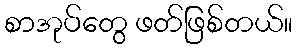
စာအုပ်တွေ ဖတ်ဖြစ်တယ်။